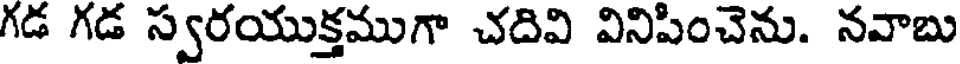
గడ గడ స్వరయుక్తముగా చదివి వినిపించెను. నవాబు